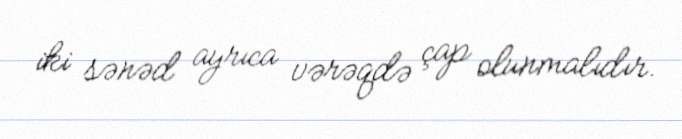
iki sənəd ayrıca vərəqdə çap olunmalıdır.